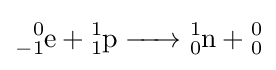
{\ce {^{0}_{-1}e + ^{1}_{1}p -> ^{1}_{0}n + ^{0}_{0}}}